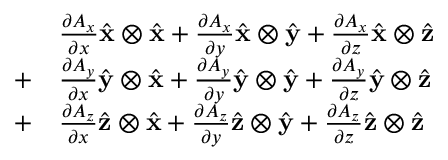
{ \begin{array} { r l } { } & { { \frac { \partial A _ { x } } { \partial x } } { \hat { \mathbf { x } } } \otimes { \hat { \mathbf { x } } } + { \frac { \partial A _ { x } } { \partial y } } { \hat { \mathbf { x } } } \otimes { \hat { \mathbf { y } } } + { \frac { \partial A _ { x } } { \partial z } } { \hat { \mathbf { x } } } \otimes { \hat { \mathbf { z } } } } \\ { + } & { { \frac { \partial A _ { y } } { \partial x } } { \hat { \mathbf { y } } } \otimes { \hat { \mathbf { x } } } + { \frac { \partial A _ { y } } { \partial y } } { \hat { \mathbf { y } } } \otimes { \hat { \mathbf { y } } } + { \frac { \partial A _ { y } } { \partial z } } { \hat { \mathbf { y } } } \otimes { \hat { \mathbf { z } } } } \\ { + } & { { \frac { \partial A _ { z } } { \partial x } } { \hat { \mathbf { z } } } \otimes { \hat { \mathbf { x } } } + { \frac { \partial A _ { z } } { \partial y } } { \hat { \mathbf { z } } } \otimes { \hat { \mathbf { y } } } + { \frac { \partial A _ { z } } { \partial z } } { \hat { \mathbf { z } } } \otimes { \hat { \mathbf { z } } } } \end{array} }